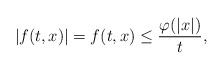
\begin{align*}| f(t,x) |=f(t,x) \le \dfrac{\varphi(|x|)}{t},\end{align*}